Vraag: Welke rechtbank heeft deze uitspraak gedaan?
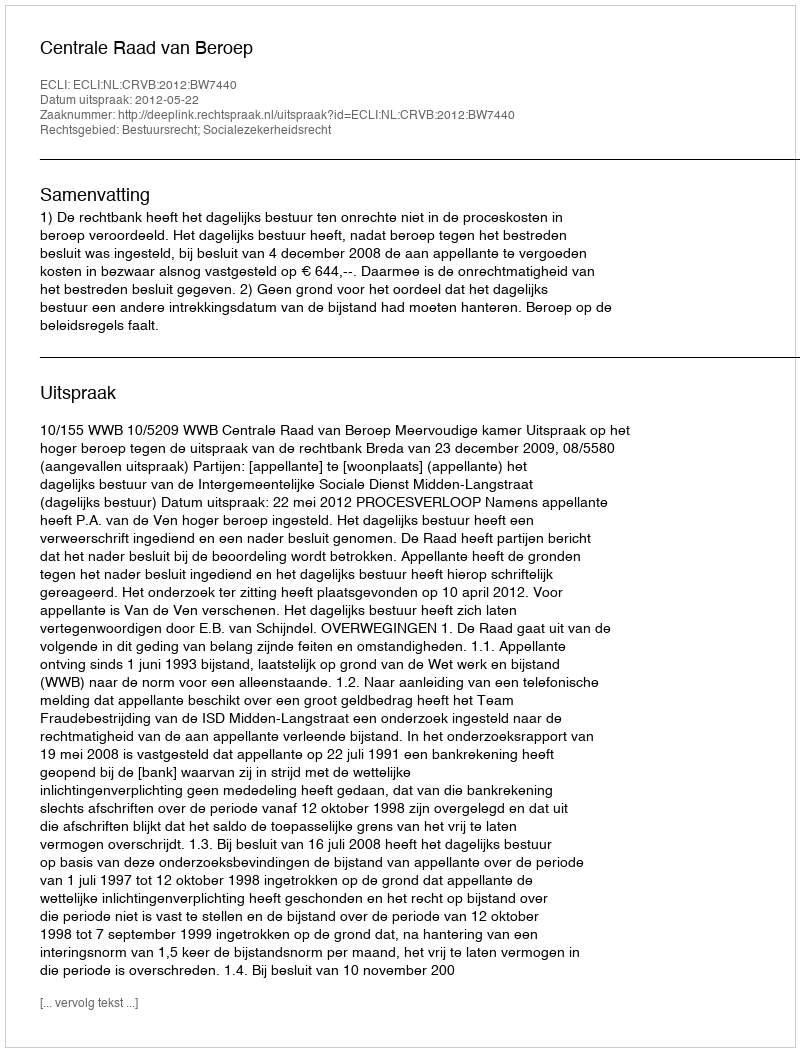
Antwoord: Centrale Raad van Beroep